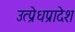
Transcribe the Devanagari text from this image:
उत्प्रेधप्रादेश